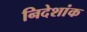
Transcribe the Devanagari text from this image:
निदेशांक